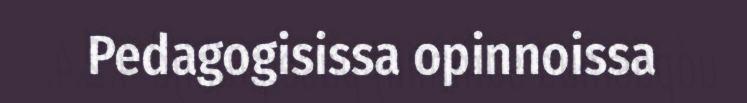
Pedagogisissa opinnoissa